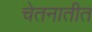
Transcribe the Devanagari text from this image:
चेतनातीत